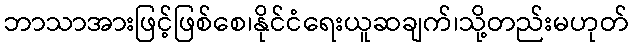
ဘာသာအားဖြင့်ဖြစ်စေ၊နိုင်ငံရေးယူဆချက်၊သို့တည်းမဟုတ်